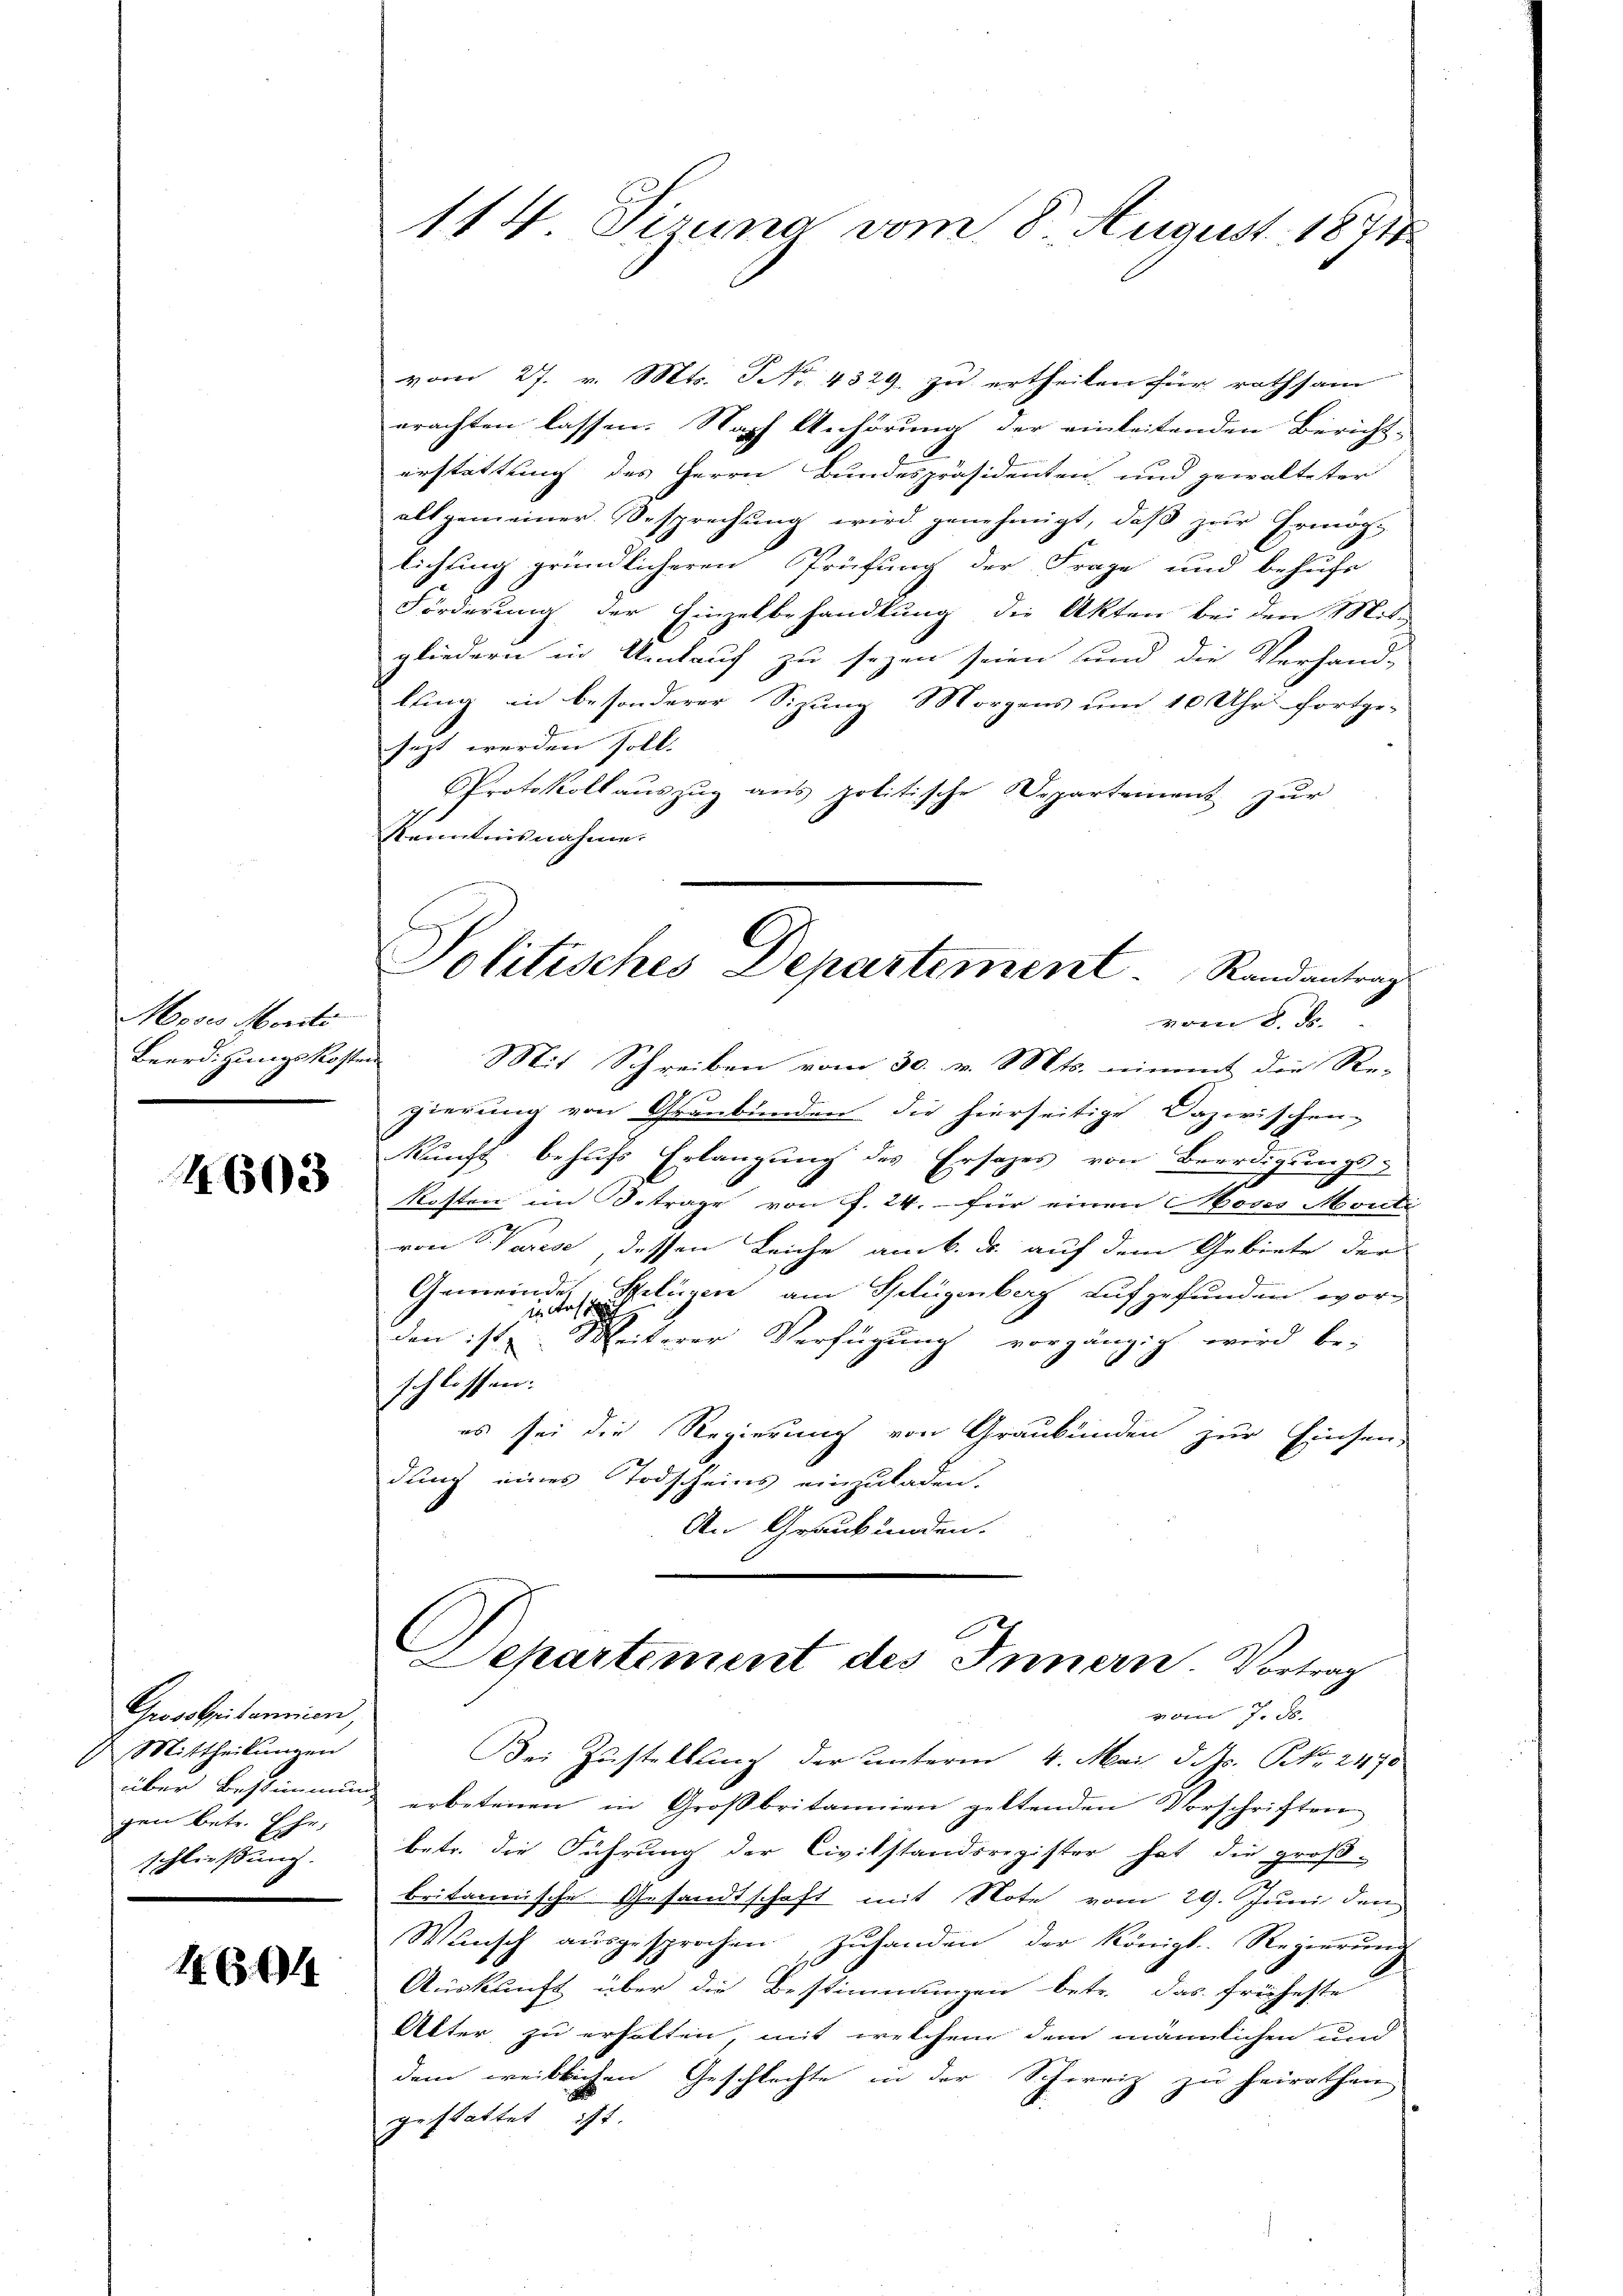
Moses Morité
Beerdigungskoste

1603

Grossspitannien,
Mittheilungen
über Bestimmung
gen betr. Ehe,
schliessung.

1464

114. Sizung vom 8. August 1871

vom 27. v. Mts. No. 4329. zu ertheilen für rathsam
erachten lassen. Nach Anhörung der einleitenden Bericht-
erstattung des Herrn Bundespräsidenten und gewalteter
allgemeiner Besprechung wird genehmigt, daß zur Ermögt
lichung gründlicheren Prüfung der Frage und behufs
Förderung der Einzelbehandlung die Akten bei den Mit-
gliedern in Umtauf zu seyen seien und die Verhand-
lung in besonderer Sizung Morgens um 10 Uhr fortge-
sezt werden soll.
PProtokoll auszug aus politische Departement zur
Kenntnisnahme.
gierung von Grunbunden die hierseitige Dazwischen-
kunft behufs Erlangung des Ersatzes von Beerdigungs-
Kosten im Betrage von f. 24. - für einen Moses Monti
von Varese, dessen Leiche am 6. ds. auf dem Gebiete der
Gemeinde. Seligen am Splügenberg aufgefunden wor¬
1. das sch
den ist Weiterer Verfügung vorgängig wird be-
schlossen:
es sei die Regierung von Graubünden zur Einsen-
dung eines Todscheins einzuladen.
An Graubünden.
Departement des Innern. Vortrag
von J. F.
Bei Zustellung der unterm 4. Mai d. M. NNo. 2470
erbetenen in Großbritannien geltenden Vorschriften
betr. die Führung der Civilstandsregister hat die groß-
britannische Gesandtschaft mit Note vom 29. Juni den
Wünsch aŭsgesprochen, zuhanden der Königl. Regierung
Auskunft über die Bestimmungen betr. das früheste
Alter zu erholten, mit welchem dem männlichen und
dem weiblichen Geschlechte in der Schweiz zu heirathen
gestattet ist.

Politisches Departement Randantrag

Mit Schreiben vom 30. v. Mts. nimmt die Re-